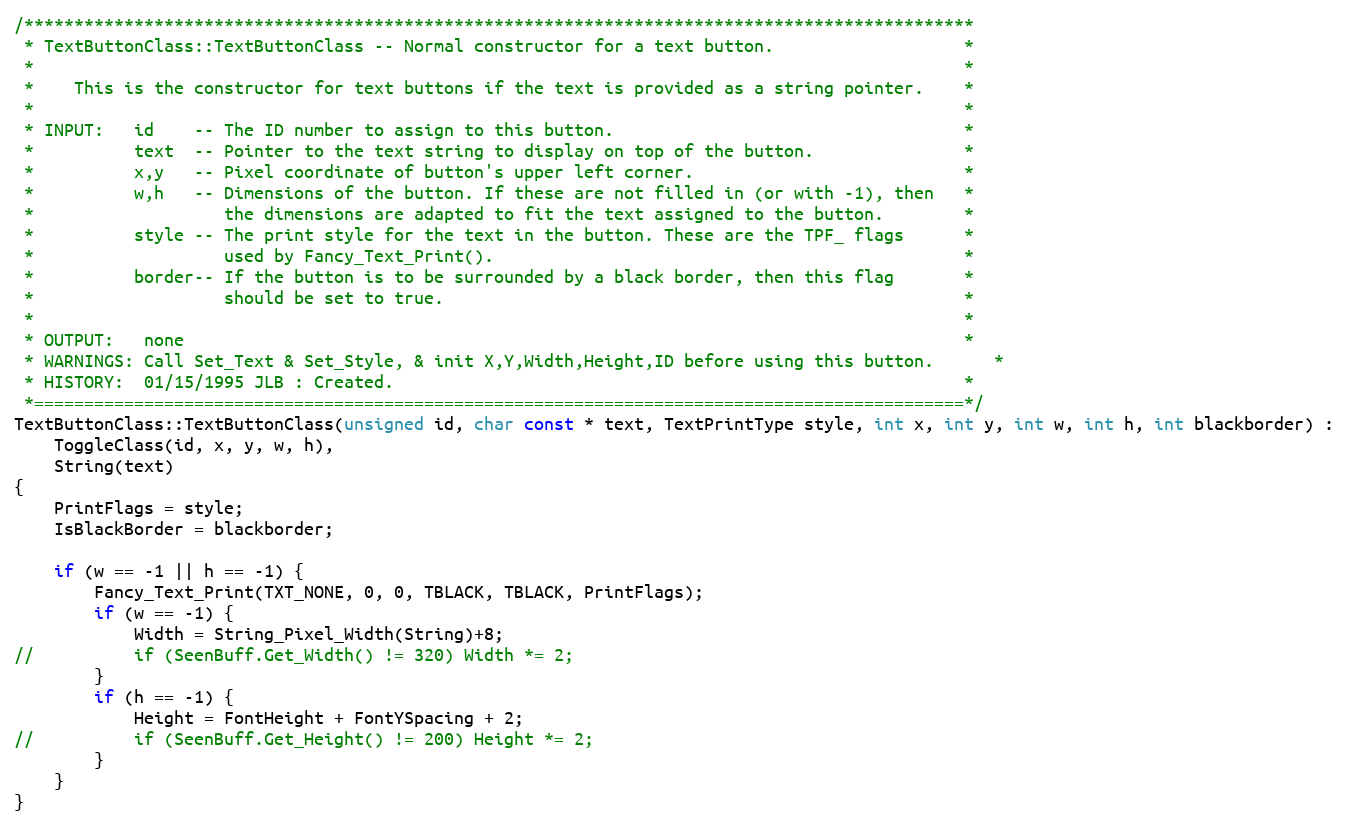
Language: C++
/***********************************************************************************************
 * TextButtonClass::TextButtonClass -- Normal constructor for a text button.                   *
 *                                                                                             *
 *    This is the constructor for text buttons if the text is provided as a string pointer.    *
 *                                                                                             *
 * INPUT:   id    -- The ID number to assign to this button.                                   *
 *          text  -- Pointer to the text string to display on top of the button.               *
 *          x,y   -- Pixel coordinate of button's upper left corner.                           *
 *          w,h   -- Dimensions of the button. If these are not filled in (or with -1), then   *
 *                   the dimensions are adapted to fit the text assigned to the button.        *
 *          style -- The print style for the text in the button. These are the TPF_ flags      *
 *                   used by Fancy_Text_Print().                                               *
 *          border-- If the button is to be surrounded by a black border, then this flag       *
 *                   should be set to true.                                                    *
 *                                                                                             *
 * OUTPUT:   none                                                                              *
 * WARNINGS: Call Set_Text & Set_Style, & init X,Y,Width,Height,ID before using this button.	  *
 * HISTORY:  01/15/1995 JLB : Created.                                                         *
 *=============================================================================================*/
TextButtonClass::TextButtonClass(unsigned id, char const * text, TextPrintType style, int x, int y, int w, int h, int blackborder) :
	ToggleClass(id, x, y, w, h),
	String(text)
{
	PrintFlags = style;
	IsBlackBorder = blackborder;

	if (w == -1 || h == -1) {
		Fancy_Text_Print(TXT_NONE, 0, 0, TBLACK, TBLACK, PrintFlags);
		if (w == -1) {
			Width = String_Pixel_Width(String)+8;
//			if (SeenBuff.Get_Width() != 320) Width *= 2;
		}
		if (h == -1) {
			Height = FontHeight + FontYSpacing + 2;
//			if (SeenBuff.Get_Height() != 200) Height *= 2;
		}
	}
}